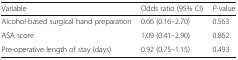
<table><thead><tr><td><b>Variable</b></td><td><b>Odds ratio (95% CI)</b></td><td><b><i>P</i>-value</b></td></tr></thead><tbody><tr><td>Alcohol-based surgical hand preparation</td><td>0.66 (0.16–2.70)</td><td>0.563</td></tr><tr><td>ASA score</td><td>1.09 (0.41–2.90)</td><td>0.862</td></tr><tr><td>Pre-operative length of stay (days)</td><td>0.92 (0.75–1.15)</td><td>0.493</td></tr></tbody></table>